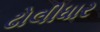
ઢોલીધાર